画像に写った文字を読んでください
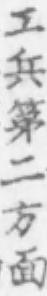
「工兵第二方面」と書いてあります